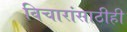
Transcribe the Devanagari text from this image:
विचारांसाठीही